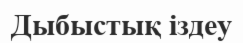
Дыбыстық іздеу